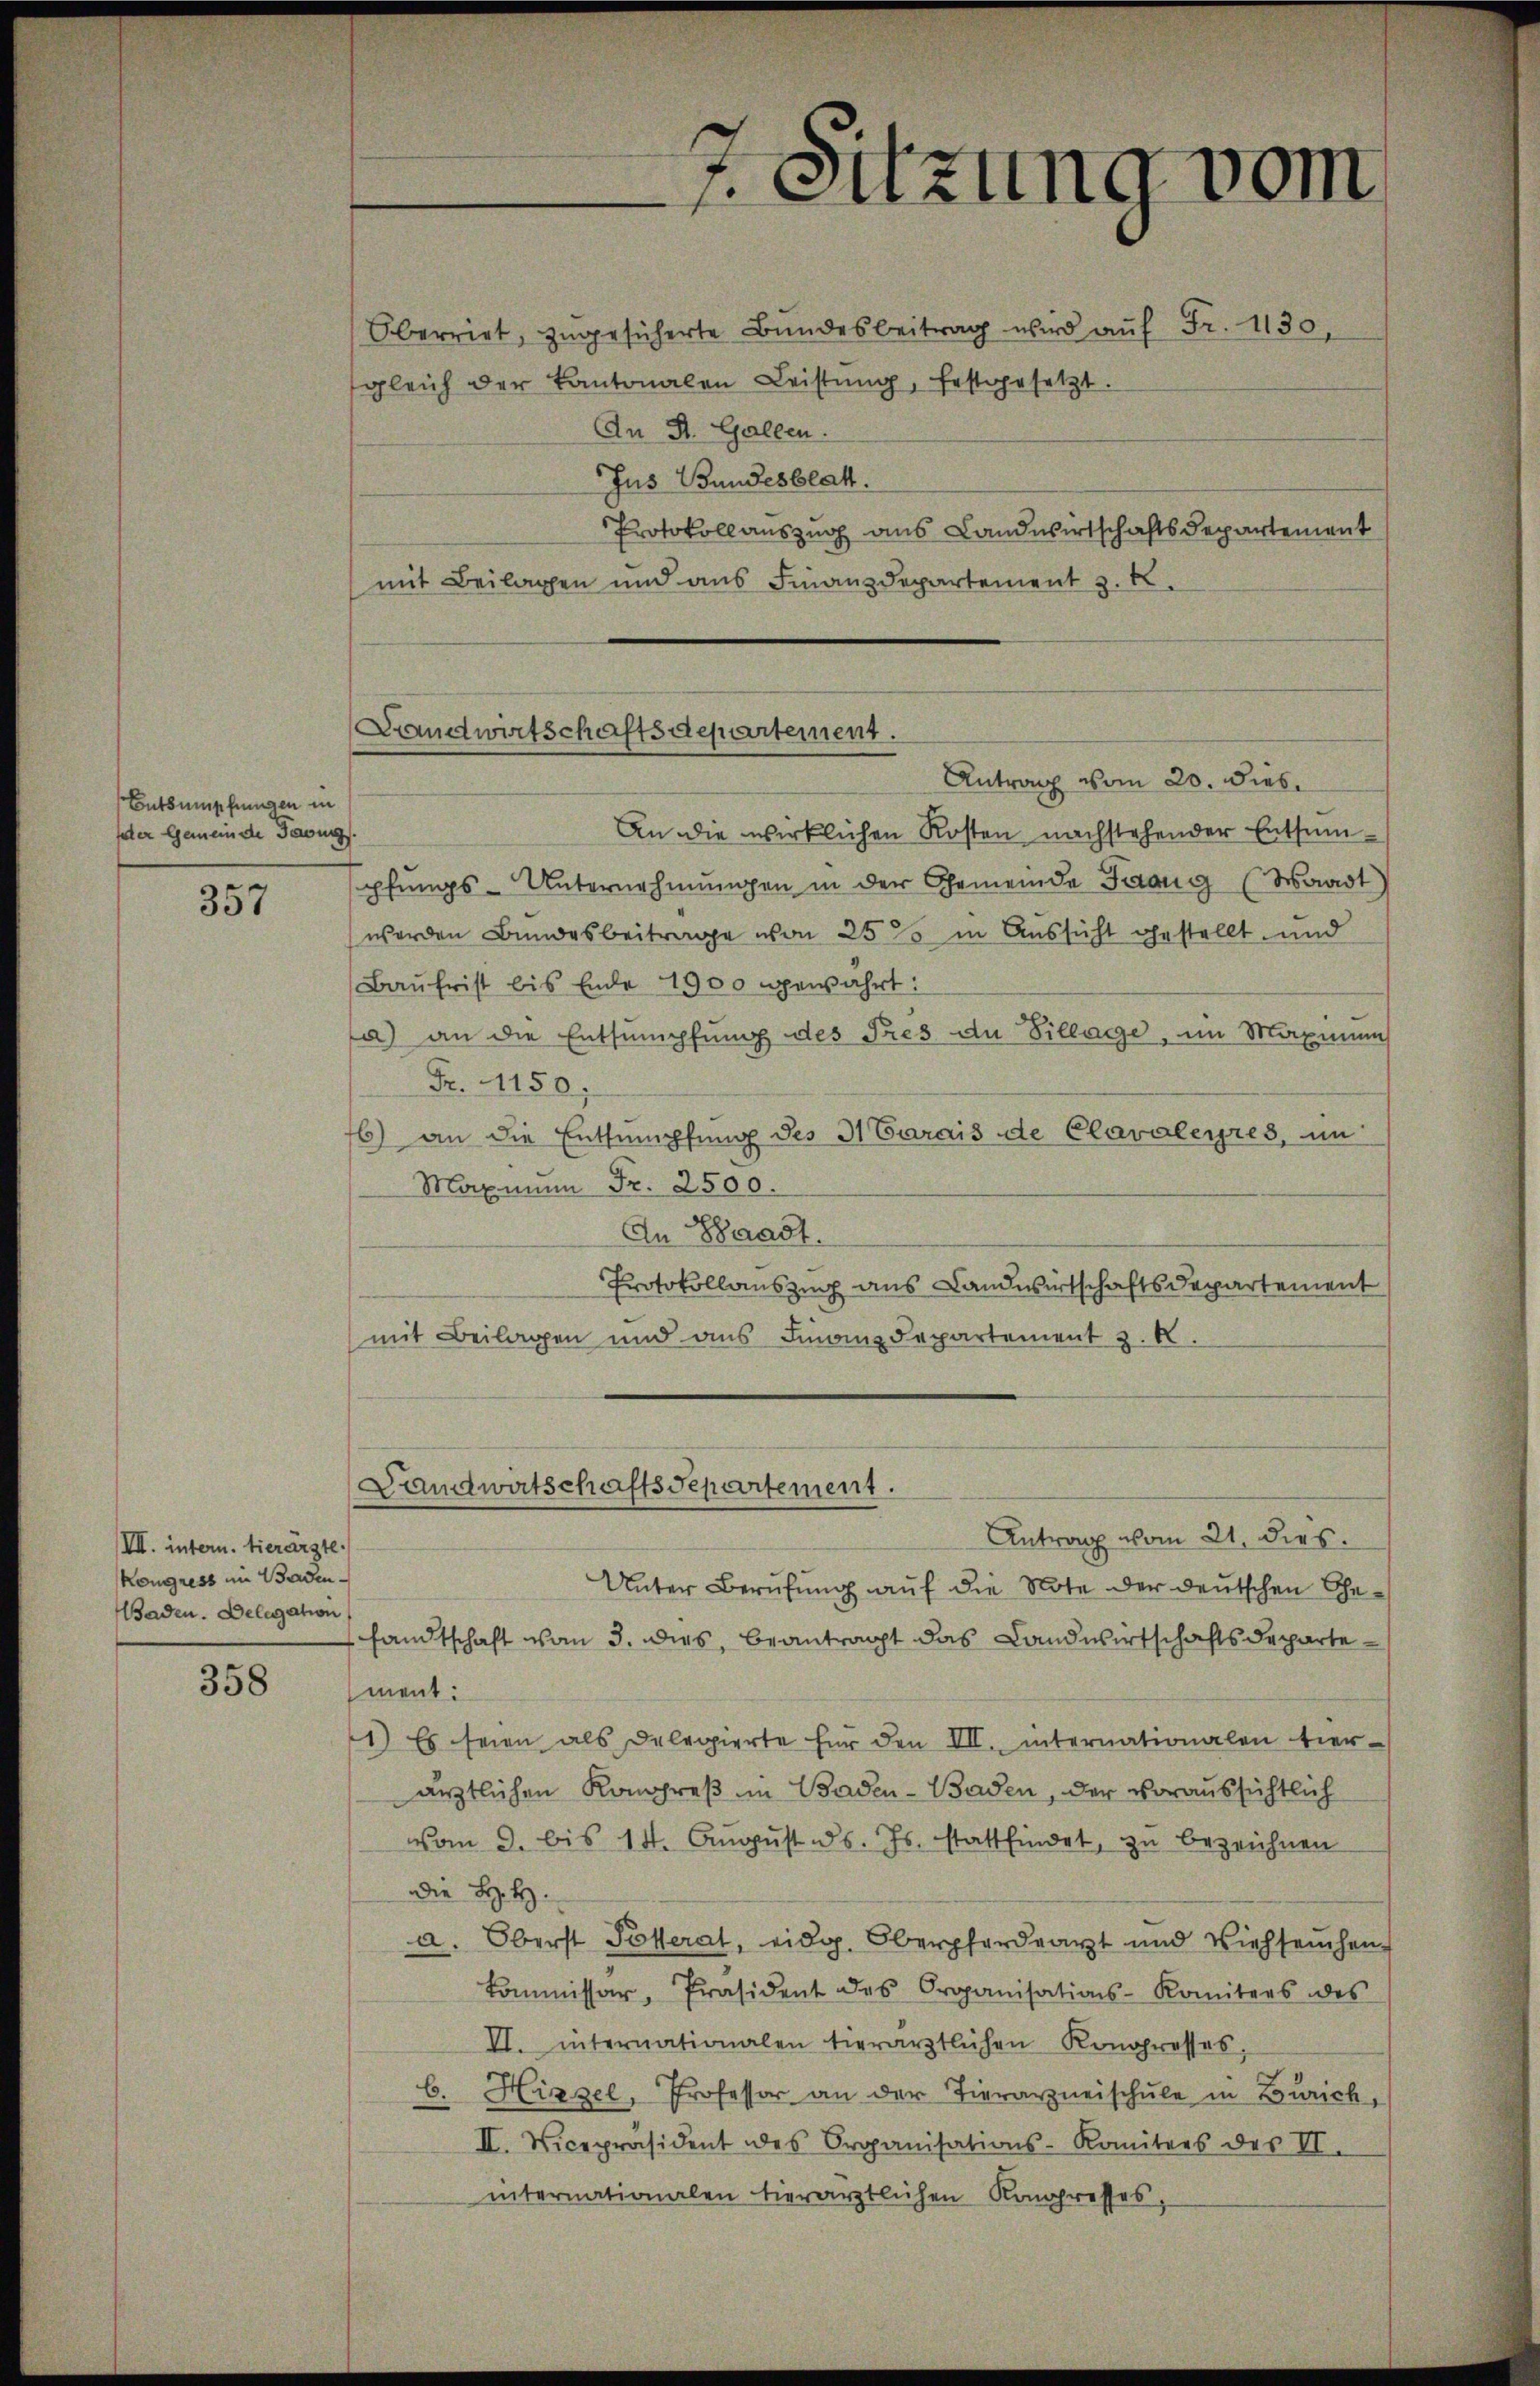
Entsumpfungen in
fater Gemeinde Tagung

e
531

VII. intern. Hierärzte.
Kongress im Baden¬
Baden. Delegation

358

Landwirtschaftsdepartement.
Antrag vom 20. dies

Oberriet, zŭgesicherte Bŭndesbeitrag wird aŭf Fr. 1130,
gleich der Kantonalen Leistŭng, festgesetzt.
An St. Gallen.
Jus Bundesblatt.
Protokollauszug aus Landwirtschaftsdepartement
mit Beilagen und ans Finanzdepartement z. B.
An die wirklichen Kosten nachstehender Entsumpfungs-Unternehmungen in der Gemeinde Frang (Waadt)
werden Bundesbeitrage von 25 % in Aussicht gestellt und
Baŭfrist bis Ende 1900 gewahrt:
a) an die Entsumpfung des Pres du Sillage, im Maximums
Fr. 150.
6) an die Entsumpfung des 3 Carais de Clavaleyres, in
Maximum Fr. 2500.
An Waadt.
Protokollauszug aus Landwirtschaftsdepartement
mit Beilagen und ans Finanzdepartement z. B.
Landwirtschaftsdepartement.
Antrag vom 21. dies.
Unter Berufung auf die Note der deutschen Gesandtschaft von 3. dies, beantragt das Landwirtschaftsdepartement:
1) Es seien als Delegierte für den III. internationalen tier-
ärztlichen Kongreß in Baden-Baden, der voraussichtlich
vom 3. bis 14. Aŭgŭst d. Js. stattfindet, zu bezeichnen
die H. H.
a. Oberst Peterat, eidg. Oberpferdearzt und Viehseuchen
kommissär, Präsident des Organisations-Komiters des
VI. internationalen tierärztlichen Kongresses,
b. Hirzel, Professor an der Tierarzneischule in Zürich,
II. Vicepräsident des Organisations-Komitees des II.
internationalen hierärztlichen Kongresses,

Sitzung vom